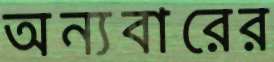
অন্যবারের